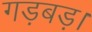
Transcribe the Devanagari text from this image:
गड़बड़।